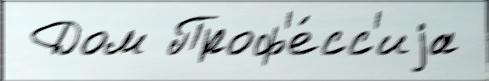
 Дом Проф'е́сс'иjа